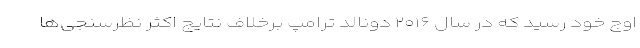
اوج خود رسید که در سال ۲۰۱۶ دونالد ترامپ برخلاف نتایج اکثر نظرسنجی‌ها